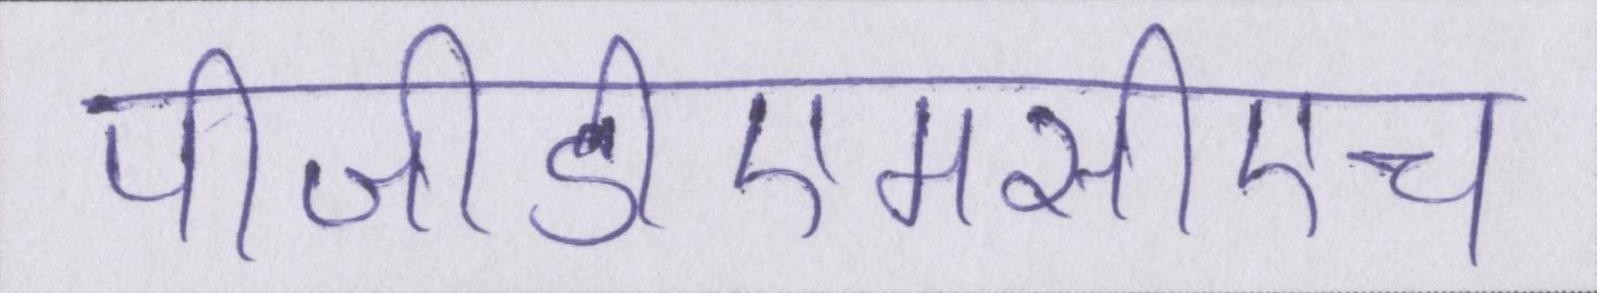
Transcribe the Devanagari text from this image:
पीजीडीएमसीएच